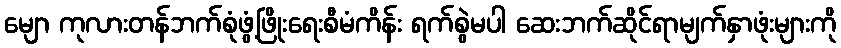
မျော ကုလားတန်ဘက်စုံဖွံ့ဖြိုးရေးစီမံကိန်း ရက်စွဲမပါ ဆေးဘက်ဆိုင်ရာမျက်နှာဖုံးများကို